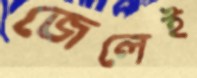
জেলেই